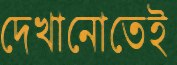
দেখানোতেই